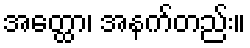
အတ္ထော၊ အနက်တည်း။